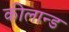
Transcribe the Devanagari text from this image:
कीलान्ड